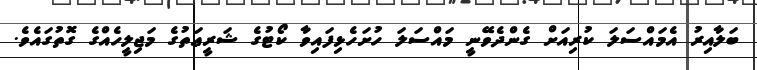
ބަލާއިރު އެމައްސަލަ ކުރިއަށް ގެންދެވޭނީ މައްސަލަ ހުށަހެޅިފައިވާ ކޯޓުގެ ޝަރީޢަތުގެ މަޖިލީހެއްގެ ގޮތުގައެވެ.